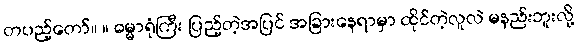
တပည့်တော်။ ။ ဓမ္မာရုံကြီး ပြည့်တဲ့အပြင် အခြားနေရာမှာ ထိုင်တဲ့လူလဲ မနည်းဘူးလို့